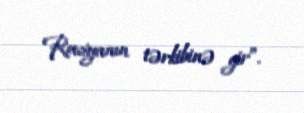
Rusiyanın tərkibinə gir”.